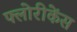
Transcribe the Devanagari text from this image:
फ्लोरीकेंस